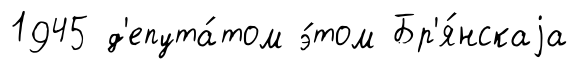
1945 д'епута́том э́том Бр'я́нскаjа